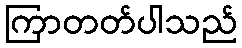
ကြာတတ်ပါသည်